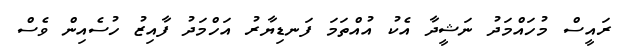
ރައީސް މުހައްމަދު ނަޝީދާ އެކު އުއްތަމަ ފަނޑިޔާރު އަހްމަދު ފާއިޒު ހުސެއިން ވެސް